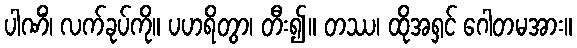
ပါဏိံ၊ လက်ခုပ်ကို။ ပဟရိတွာ၊ တီး၍။ တဿ၊ ထိုအရှင် ဂေါတမအား။